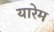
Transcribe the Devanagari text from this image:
यारेम